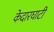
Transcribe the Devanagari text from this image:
केदारघाटी